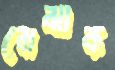
বোঝাক